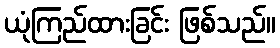
ယုံကြည်ထားခြင်း ဖြစ်သည်။